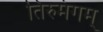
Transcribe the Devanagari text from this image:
तिरुमंगम्‌